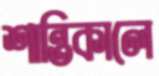
শান্তিকালে